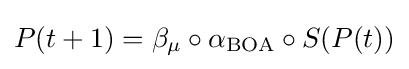
P(t+1)=\beta _{\mu }\circ \alpha _{\text{BOA}}\circ S(P(t))